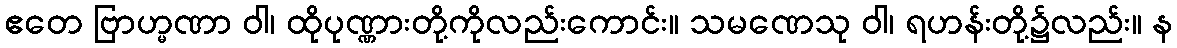
ဧတေ ဗြာဟ္မဏာ ဝါ၊ ထိုပုဏ္ဏားတို့ကိုလည်းကောင်း။ သမဏေသု ဝါ၊ ရဟန်းတို့၌လည်း။ န